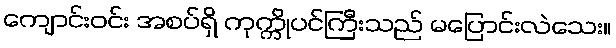
ကျောင်းဝင်း အစပ်ရှိ ကုက္ကိုပင်ကြီးသည် မပြောင်းလဲသေး။